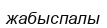
жабыспалы